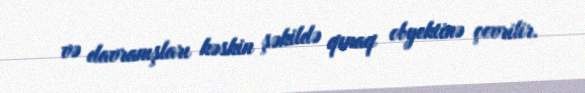
və davranışları kəskin şəkildə qınaq obyektinə çevrilir.